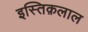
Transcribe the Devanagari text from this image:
इस्तिक़लाल